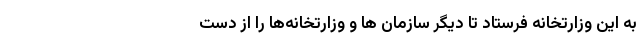
به این وزارتخانه فرستاد تا دیگر سازمان ها و وزارتخانه‌ها را از دست